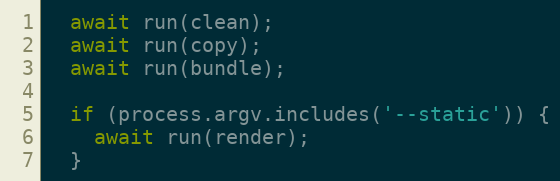
Language: JavaScript
  await run(clean);
  await run(copy);
  await run(bundle);

  if (process.argv.includes('--static')) {
    await run(render);
  }